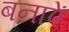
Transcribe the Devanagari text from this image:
बनाऐं